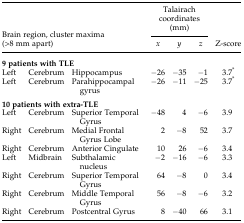
<table><thead><tr><td></td><td></td><td></td><td colspan="3"><b>Talairach coordinates (mm)</b></td><td></td></tr><tr><td colspan="3"><b>Brain region, cluster maxima (&gt;8 mm apart)</b></td><td><b><i>x</i></b></td><td><b><i>y</i></b></td><td><b><i>z</i></b></td><td><b>Z-score</b></td></tr></thead><tbody><tr><td colspan="7"><b>9 patients with TLE</b></td></tr><tr><td>Left</td><td>Cerebrum</td><td>Hippocampus</td><td>−26</td><td>−35</td><td>−1</td><td>3.7*</td></tr><tr><td>Left</td><td>Cerebrum</td><td>Parahippocampal gyrus</td><td>−26</td><td>−11</td><td>−25</td><td>3.7*</td></tr><tr><td colspan="7"><b>10 patients with extra-TLE</b></td></tr><tr><td>Left</td><td>Cerebrum</td><td>Superior Temporal Gyrus</td><td>−48</td><td>4</td><td>−6</td><td>3.9</td></tr><tr><td>Right</td><td>Cerebrum</td><td>Medial Frontal Gyrus Lobe</td><td>2</td><td>−8</td><td>52</td><td>3.7</td></tr><tr><td>Right</td><td>Cerebrum</td><td>Anterior Cingulate</td><td>10</td><td>26</td><td>−6</td><td>3.4</td></tr><tr><td>Left</td><td>Midbrain</td><td>Subthalamic nucleus</td><td>−2</td><td>−16</td><td>−6</td><td>3.3</td></tr><tr><td>Right</td><td>Cerebrum</td><td>Superior Temporal Gyrus</td><td>64</td><td>−8</td><td>0</td><td>3.4</td></tr><tr><td>Right</td><td>Cerebrum</td><td>Middle Temporal Gyrus</td><td>56</td><td>−8</td><td>−6</td><td>3.2</td></tr><tr><td>Right</td><td>Cerebrum</td><td>Postcentral Gyrus</td><td>8</td><td>−40</td><td>66</td><td>3.1</td></tr></tbody></table>